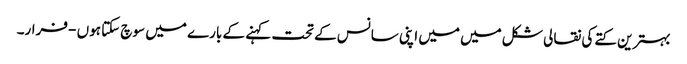
بہترین کتے کی نقالی شکل میں میں اپنی سانس کے تحت کہنے کے بارے میں سوچ سکتا ہوں - فرار۔